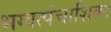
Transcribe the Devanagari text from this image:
भग्वत्पंचाशिका